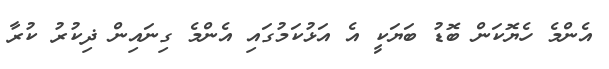
އެންމެ ހެޔޮކަން ބޮޑު ބަޔަކީ އެ އަޅުކަމުގައި އެންމެ ގިނައިން ޛިކުރު ކުރާ